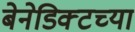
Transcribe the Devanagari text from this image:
बेनेडिक्टच्या